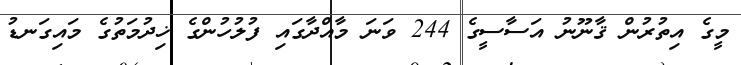
މީގެ އިތުރުން ޤާނޫނު އަސާސީގެ 244 ވަނަ މާއްދާގައި ފުލުހުންގެ ޚިދުމަތުގެ މައިގަނޑު